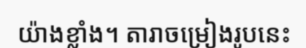
យ៉ាងខ្លាំង។ តារាចម្រៀងរូបនេះ